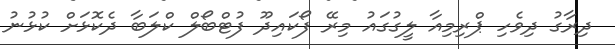
ދިރާގު ދިވެހި ޕްރިމިއާ ލީގުގައު މިރޭ ފޯކައިދޫ ފުޓްބޯލް ކްލަބާ ދެކޮޅަށް ކުޅުނު